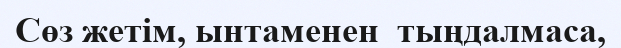
Сөз жетім, ынтаменен  тыңдалмаса,